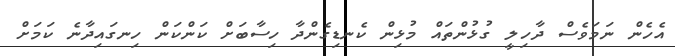
އެހެން ނަމަވެސް ދާހިލީ ގުޅުންތައް މުޅިން ކެނޑިގެންދާ ހިސާބަށް ކަންކަން ހިނގައިދާނެ ކަމަށް